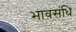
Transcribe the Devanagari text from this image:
भावसंधि